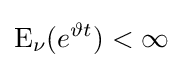
\operatorname {E} _{\nu }(e^{\vartheta t})<\infty